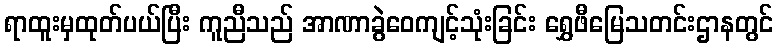
ရာထူးမှထုတ်ပယ်ပြီး ကူညီသည် အာဏာခွဲဝေကျင့်သုံးခြင်း ရွှေဖီမြေသတင်းဌာနတွင်